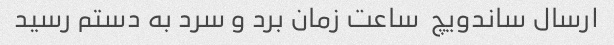
ارسال ساندویچ  ساعت زمان برد و سرد به دستم رسید